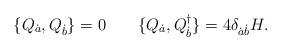
LaTeX: \begin{align*}\{Q_{\dot a}, Q_{\dot b}\}=0\qquad\{Q_{\dot a}, Q_{\dot b}^\dagger\}=4\delta_{\dot a\dot b}H.\end{align*}